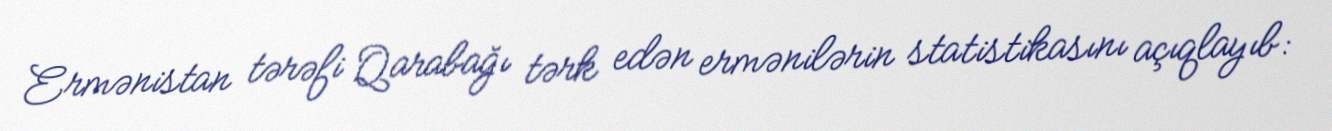
Ermənistan tərəfi Qarabağı tərk edən ermənilərin statistikasını açıqlayıb: